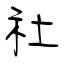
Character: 社